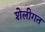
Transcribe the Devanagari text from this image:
शेलीगत